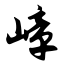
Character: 嶂